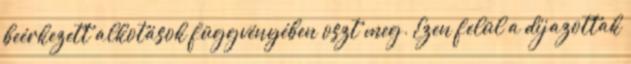
beérkezett alkotások függvényében oszt meg. Ezen felül a díjazottak